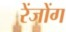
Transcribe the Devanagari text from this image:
रेंजोंग